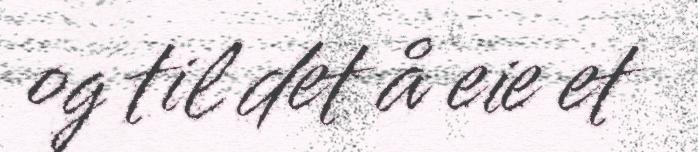
og til det å eie et